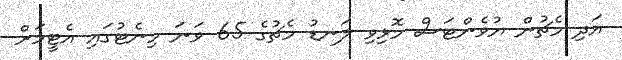
އަދި މެޗުން ޔުވެންޓަސް މޮޅިވި ލަނޑު މެޗުގެ 65 ވަނަ މިނެޓުގައި އެޓީމަށް